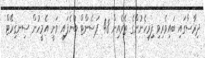
ދިރާސާގައި ބައިވެރިވި ފިރިހެނުންގެ ތެރެއިން 48 ޕަސެންޓް ބުނެފައި ވަނީ އެމީހުން ސިނގިރޭޓް